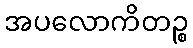
အပလောကိတဉ္စ